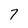
Character: 7